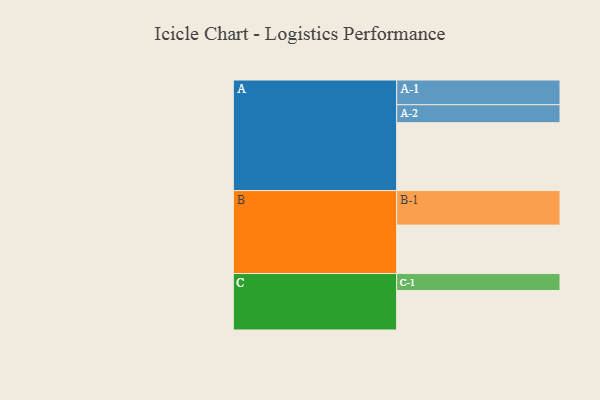
{"axis": {"x": "Segment", "y": "Value"}, "legend": ["", "A", "B", "C"], "data": [{"x": "A", "y": 563, "type": ""}, {"x": "B", "y": 402, "type": ""}, {"x": "C", "y": 327, "type": ""}, {"x": "A-1", "y": 205, "type": "A"}, {"x": "A-2", "y": 149, "type": "A"}, {"x": "B-1", "y": 286, "type": "B"}, {"x": "C-1", "y": 141, "type": "C"}]}